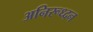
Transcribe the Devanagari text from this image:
अनिरूध्दन